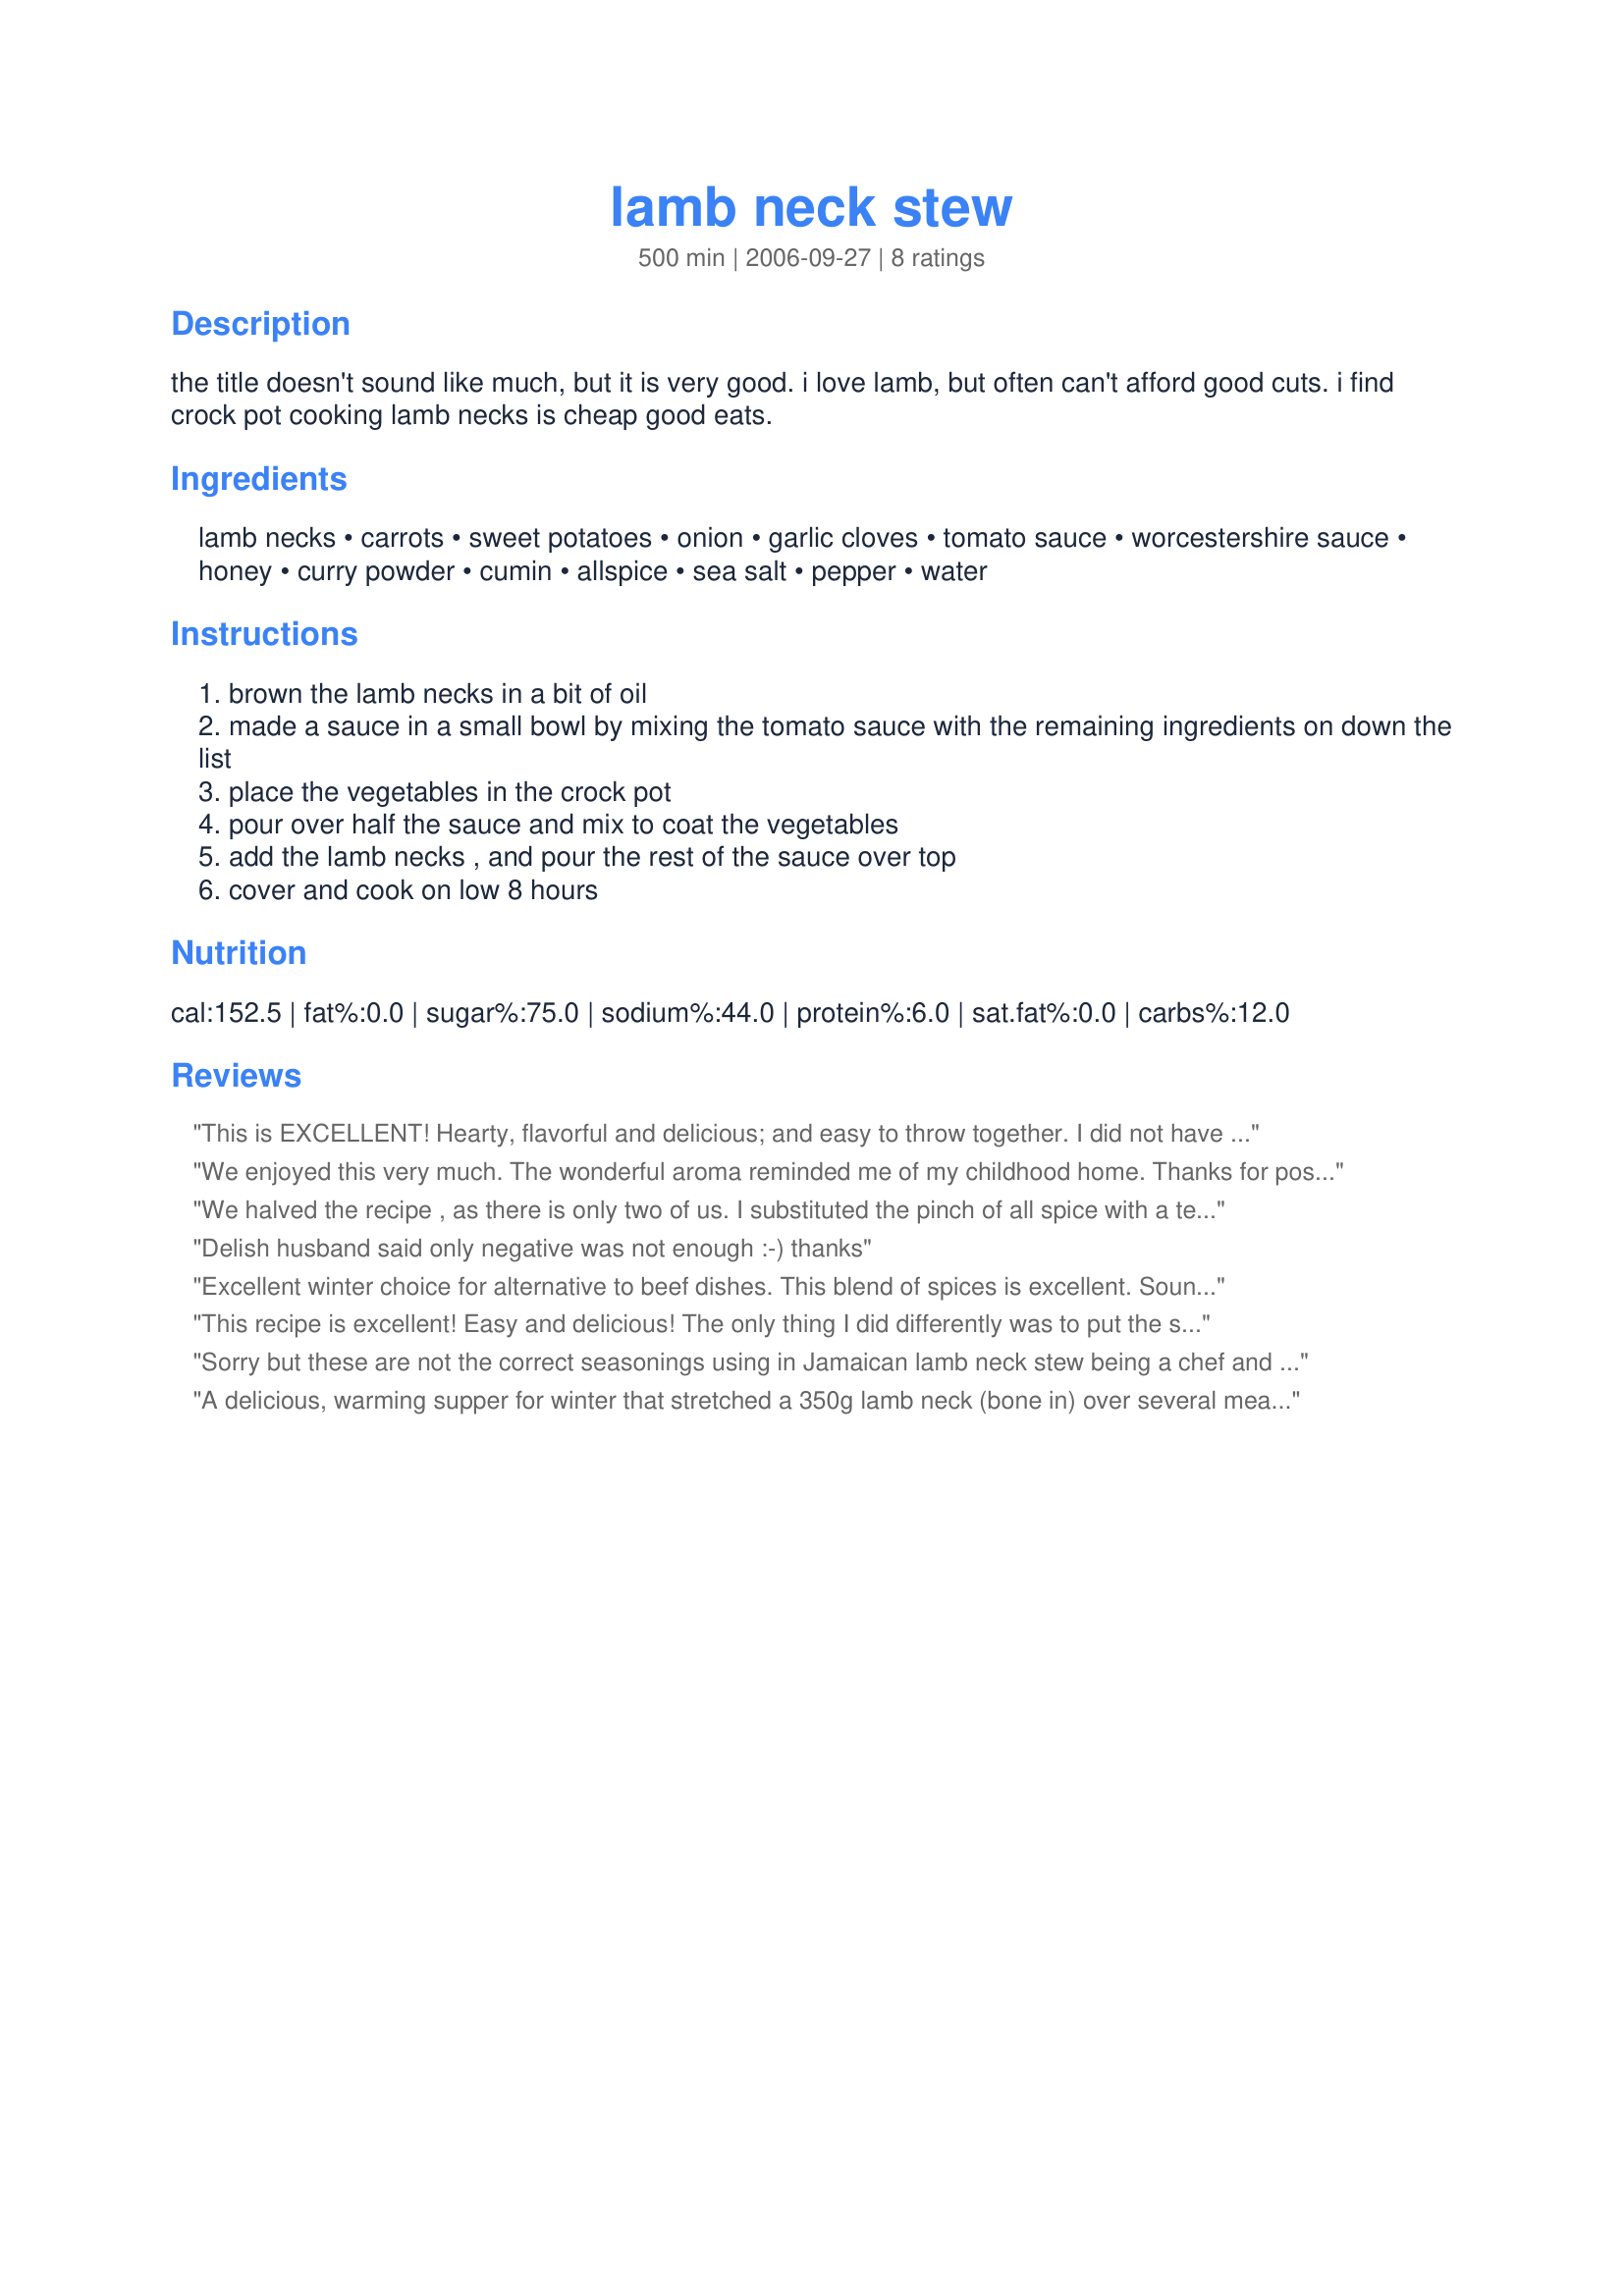
lamb neck stew
Preparation time: 500 minutes

the title doesn't sound like much, but it is very good. i love lamb, but often can't afford good cuts. i find crock pot cooking lamb necks is cheap good eats.

Ingredients:
lamb necks, carrots, sweet potatoes, onion, garlic cloves, tomato sauce, worcestershire sauce, honey, curry powder, cumin, allspice, sea salt, pepper, water

Steps:
brown the lamb necks in a bit of oil
made a sauce in a small bowl by mixing the tomato sauce with the remaining ingredients on down the list
place the vegetables in the crock pot
pour over half the sauce and mix to coat the vegetables
add the lamb necks , and pour the rest of the sauce over top
cover and cook on low 8 hours

Reviews:
This is EXCELLENT! Hearty, flavorful and delicious; and easy to throw together. I did not have allspice so I substituted with some ginger, cinnamon and paprika. I also added four potatoes because my son doesn't like sweet potato. This was perfect because there was more sweet potato for the rest of us. The aroma was intoxicating. I will make this dish again. Thank you.
We enjoyed this very much. The wonderful aroma reminded me of my childhood home. Thanks for posting.
We halved the recipe , as there is only two of us. I substituted the pinch of all spice with a teaspoon of mixed herbs , otherwise did all as per recipe . It was GORGEOUS! Will deffo make again ! Can recommend.
Delish husband said only negative was not enough :-) thanks
Excellent winter choice for alternative to beef dishes. This blend of spices is excellent. Sounds like a contest winner.
This recipe is excellent! Easy and delicious! The only thing I did differently was to put the sweet potatoes in 2.5 hours before the 8 hour slow-cook time was complete, instead of putting them in from the start, since I thought they would be too mushy after 8 hours. I basted the meat and sweet potatoes several times, as they were not submerged in the liquid.
Sorry but these are not the correct seasonings using in Jamaican lamb neck stew being a chef and half Jamaican myself your ingredients are way off
A delicious, warming supper for winter that stretched a 350g lamb neck (bone in) over several meals. Paired it with colcannon (prepared with half cabbage and half chard and less butter) on some nights, and with brown rice on other nights.
